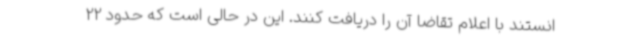
انستند با اعلام تقاضا آن را دریافت کنند. این در حالی است که حدود 22